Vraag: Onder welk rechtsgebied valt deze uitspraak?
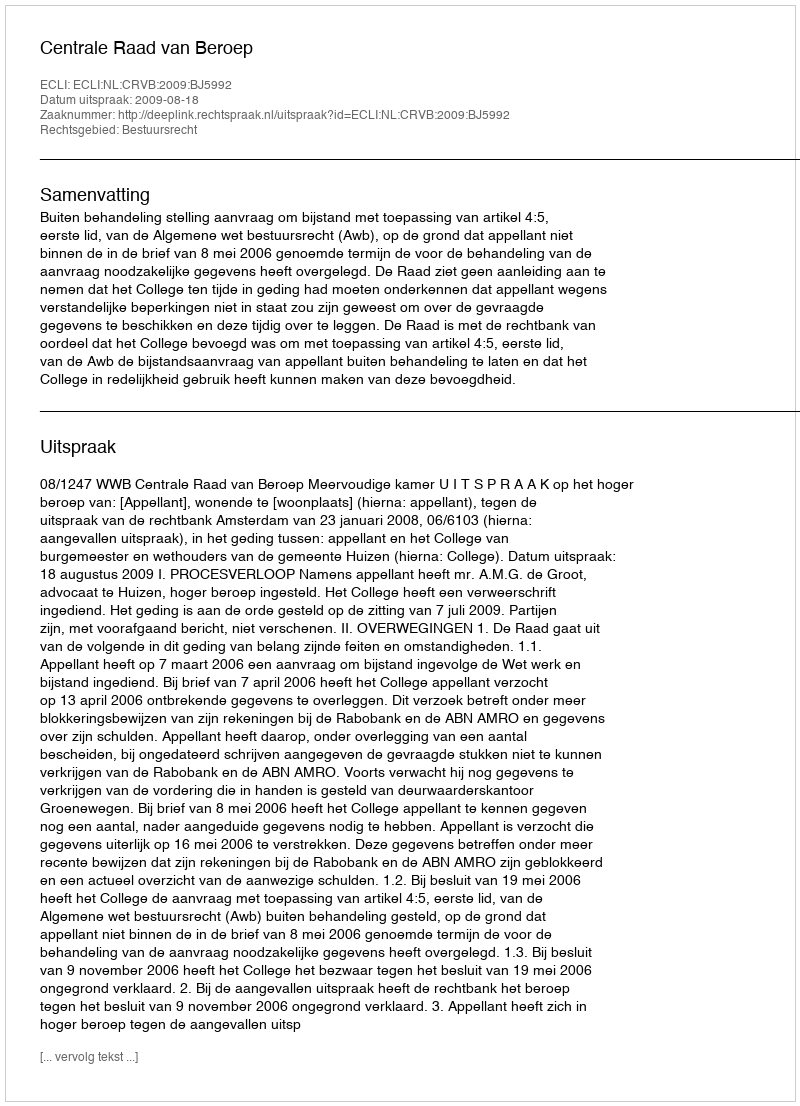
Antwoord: Bestuursrecht